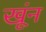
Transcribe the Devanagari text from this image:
खूंन